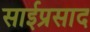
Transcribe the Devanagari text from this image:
साईप्रसाद